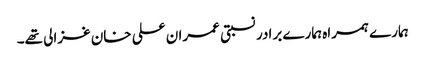
ہمارے ہمراہ ہمارے برادر نسبتی عمران علی خان غزالی تھے۔